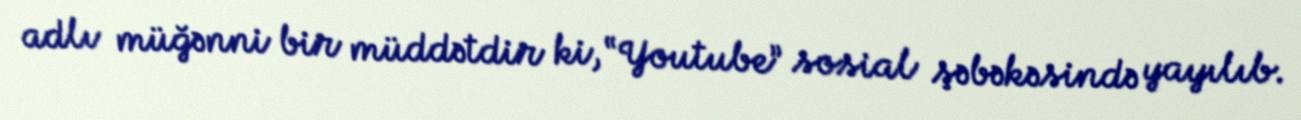
adlı müğənni bir müddətdir ki, “Youtube” sosial şəbəkəsində yayılıb.